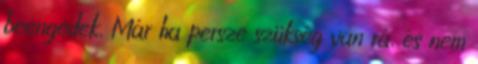
beengedek. Már ha persze szükség van rá, és nem